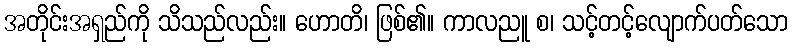
အတိုင်းအရှည်ကို သိသည်လည်း။ ဟောတိ၊ ဖြစ်၏။ ကာလညူ စ၊ သင့်တင့်လျောက်ပတ်သော